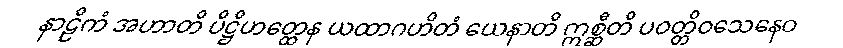
နာဠိကံ အဟာတိ ပိဋ္ဌိဟတ္ထေန ယထာဂဟိတံ ယေနာတိ ဣစ္ဆီတိ ပဝတ္တိဝသေနေဝ